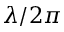
\lambda / 2 \pi